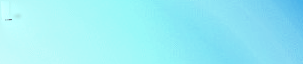
AUTO REPAIR